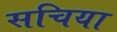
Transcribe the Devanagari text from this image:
सचिया